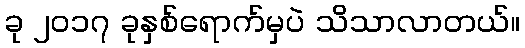
ခု ၂၀၁၇ ခုနှစ်ရောက်မှပဲ သိသာလာတယ်။